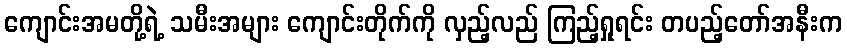
ကျောင်းအမတို့ရဲ့ သမီးအများ ကျောင်းတိုက်ကို လှည့်လည် ကြည့်ရှုရင်း တပည့်တော်အနီးက